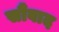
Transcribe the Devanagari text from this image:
सौंवाद